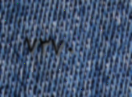
٧٣٧٠